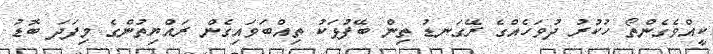
ކީއްވެގެންތޯ ހުކުރު ދުވަހެއްގެ ރޭގަނޑު ތިން ބޭފުޅަކު ތިއްބަވައިގެން ރައްޔިތުންގެ މިފަދަ ބޮޑު